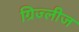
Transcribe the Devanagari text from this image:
ग्रिज्लीज